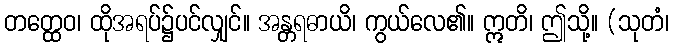
တတ္ထေဝ၊ ထိုအရပ်၌ပင်လျှင်။ အန္တရဓာယိ၊ ကွယ်လေ၏။ ဣတိ၊ ဤသို့။ (သုတံ၊